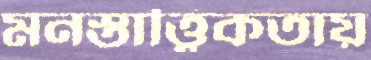
মনস্তাত্ত্বিকতায়